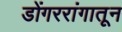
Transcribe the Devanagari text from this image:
डोंगररांगातून